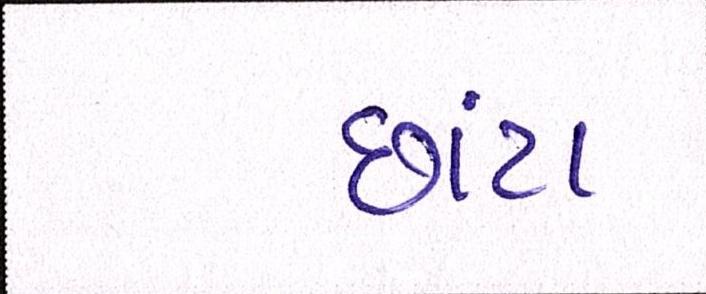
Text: છાંટા